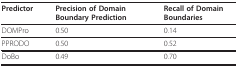
<table><thead><tr><td><b>Predictor</b></td><td><b>Precision of Domain Boundary Prediction</b></td><td><b>Recall of Domain Boundaries</b></td></tr></thead><tbody><tr><td>DOMPro</td><td>0.50</td><td>0.14</td></tr><tr><td>PPRODO</td><td>0.50</td><td>0.52</td></tr><tr><td>DoBo</td><td>0.49</td><td>0.70</td></tr></tbody></table>